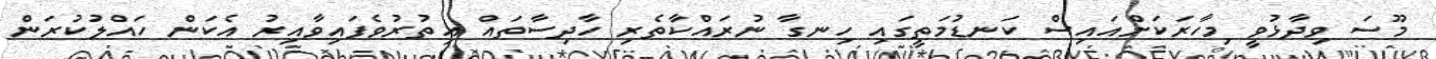
މޫސަ ވިދާޅުވީ މިހާރަކަށްއައިސް ކަނޑުމަތީގައި ހިނގާ ނުރައްކާތެރި ހާދިސާތައް އިތުރުވެފައިވާއިރު އެކަން ހައްލުކުރަން